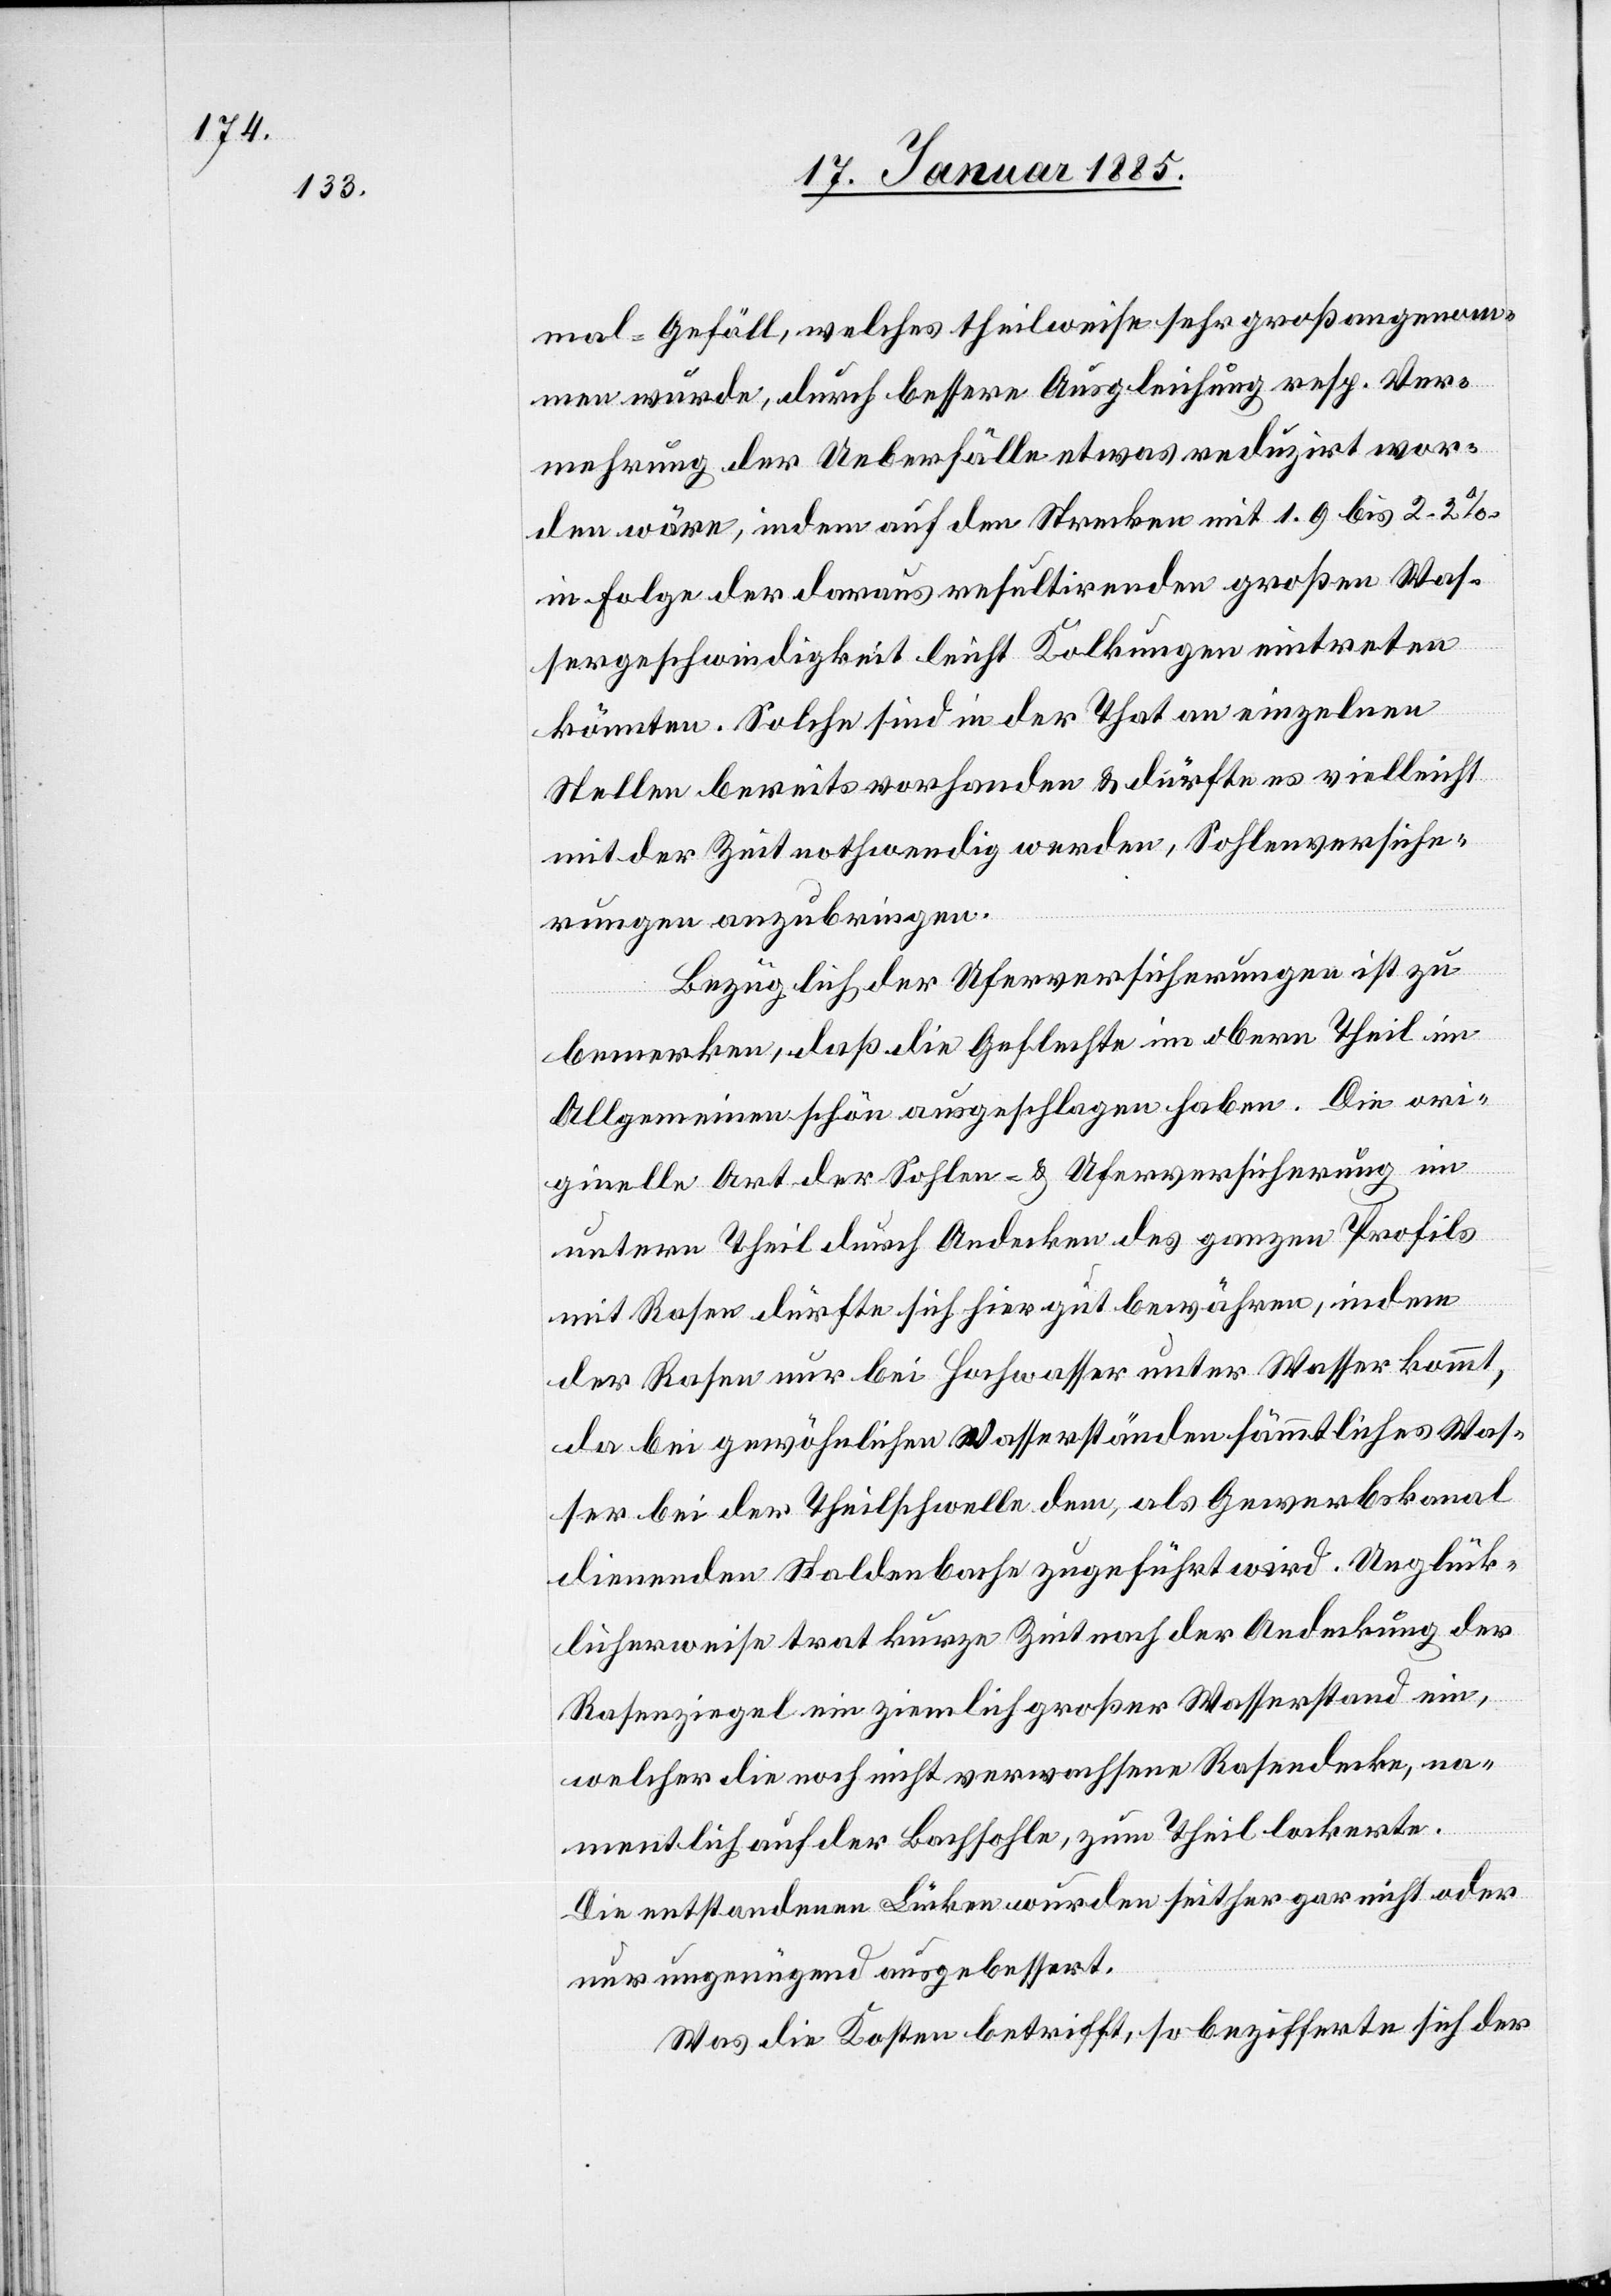
mal-Gefäll, welches theilweise sehr groß angenom¬
men wurde, durch bessere Ausgleichung resp. Ver¬
mehrung der Ueberfälle etwas reduzirt wor¬
den wäre, indem auf den Strecken mit 1,9–2,2%
in Folge der daraus resultirenden großen Was¬
sergeschwindigkeit leicht Kolkungen eintreten
könnten. Solche sind in der That an einzelnen
Stellen bereits vorhanden & dürfte es vielleiht
mit der Zeit nothwendig werden, Sohlenversiche¬
rungen anzubringen.
Bezüglich der Uferversicherungen ist zu
bemerken, daß die Geflechte im obern Theil im
Allgemeinen schön ausgeschlagen haben. Die ori¬
ginelle Art der Sohlen- & Uferversicherung im
untern Theil durch Andecken des ganzen Profils
mit Rasen dürfte sich hier gut bewähren, indem
der Rasen nur bei Hochwasser unter Wasser kommt,
da bei gewöhnlichen Wasserständen sämmtliches Was¬
ser bei der Theilschwelle dem, als Gewerbskanal
dienenden Staldenbache zugeführt wird. Unglück¬
licherweise trat kurze Zeit nach der Andeckung der
Rasenziegel ein ziemlich großer Wasserstand ein,
welcher die noch nicht verwachsene Rasendecke, na¬
mentlich auf der Bachsohle, zum Theil lockerte.
Die entstandenen Lücken wurden seither gar nicht oder
nur ungenügend ausgebessert.
Was die Kosten betrifft, so bezifferte sich der